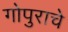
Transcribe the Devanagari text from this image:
गोपुराचे